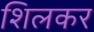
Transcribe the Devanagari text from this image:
शिलकर